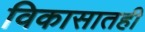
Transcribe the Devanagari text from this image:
विकासातही